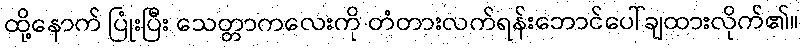
ထို့နောက် ပြုံးပြီး သေတ္တာကလေးကို တံတားလက်ရန်းဘောင်ပေါ်ချထားလိုက်၏။